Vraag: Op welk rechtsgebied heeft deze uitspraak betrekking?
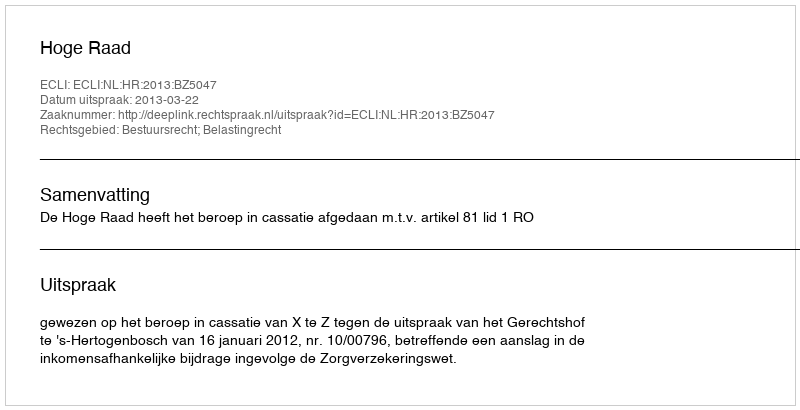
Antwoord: Bestuursrecht; Belastingrecht